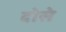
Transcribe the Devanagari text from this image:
दोसे